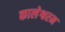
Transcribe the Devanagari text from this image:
कालेश्वरम